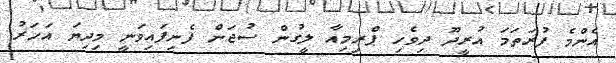
އެންމެ ފުރަތަމަ އުރީދޫ ދިވެހި ޕްރިމިއާ ލީގުން ސުޖަން ފެނިފައިވަނީ މިދިޔަ އަހަރު